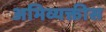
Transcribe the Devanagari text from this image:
अभिव्यक्तीस